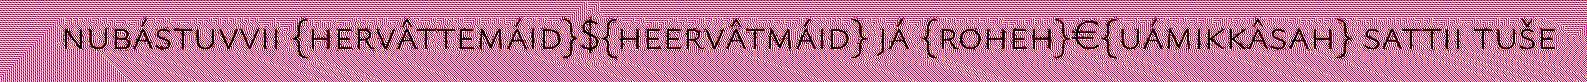
nubástuvvii {hervâttemáid}${heervâtmáid} já {roheh}€{uámikkâsah} sattii tuše